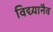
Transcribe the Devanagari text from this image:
विद्य्यानैव